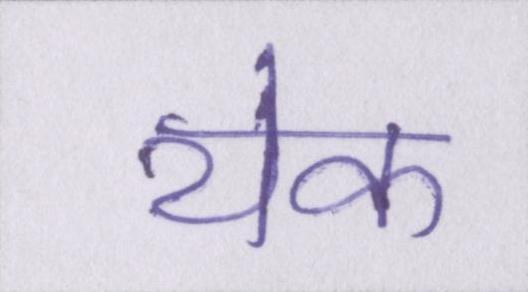
येक